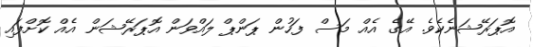
އޮޕަރޭޝަނެކެވެ. އޭގެ އެއް މަސް ފަހުން ޕަންޕް ލައްވަން އޮޕަރޭޝަން އެއް ކޮށްފައި